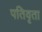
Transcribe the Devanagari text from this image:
पतिवृता